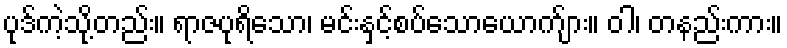
ပုဒ်ကဲ့သို့တည်း။ ရာဇပုရိသော၊ မင်းနှင့်စပ်သောယောက်ျား။ ဝါ၊ တနည်းကား။